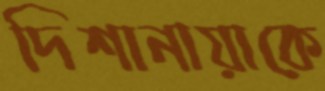
দিশানায়াকে